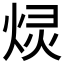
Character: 𫞠